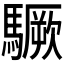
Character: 𩦒